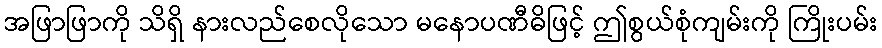
အဖြာဖြာကို သိရှိ နားလည်စေလိုသော မနောပဏီဓိဖြင့် ဤစွယ်စုံကျမ်းကို ကြိုးပမ်း